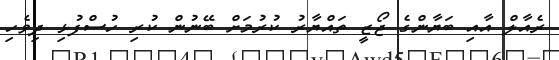
ރެއާލް އާއި ބަޔާންގެ ޖޯޒީ ތައްޔާރު ކުރުމަށް ބޭނުން ކުރި ހުސްފުޅި ދިވެހި